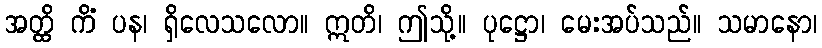
အတ္ထိ ကိံ ပန၊ ရှိလေသလော။ ဣတိ၊ ဤသို့။ ပုဋ္ဌော၊ မေးအပ်သည်။ သမာနော၊